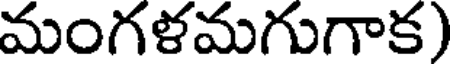
మంగళమగుగాక)